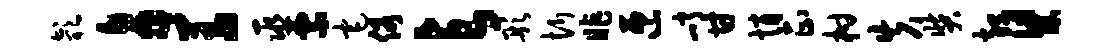
欹鼻羞巫票宅俗与彤忻昨匝峭甘悄正柑失奘却梁